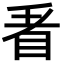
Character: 𭾩